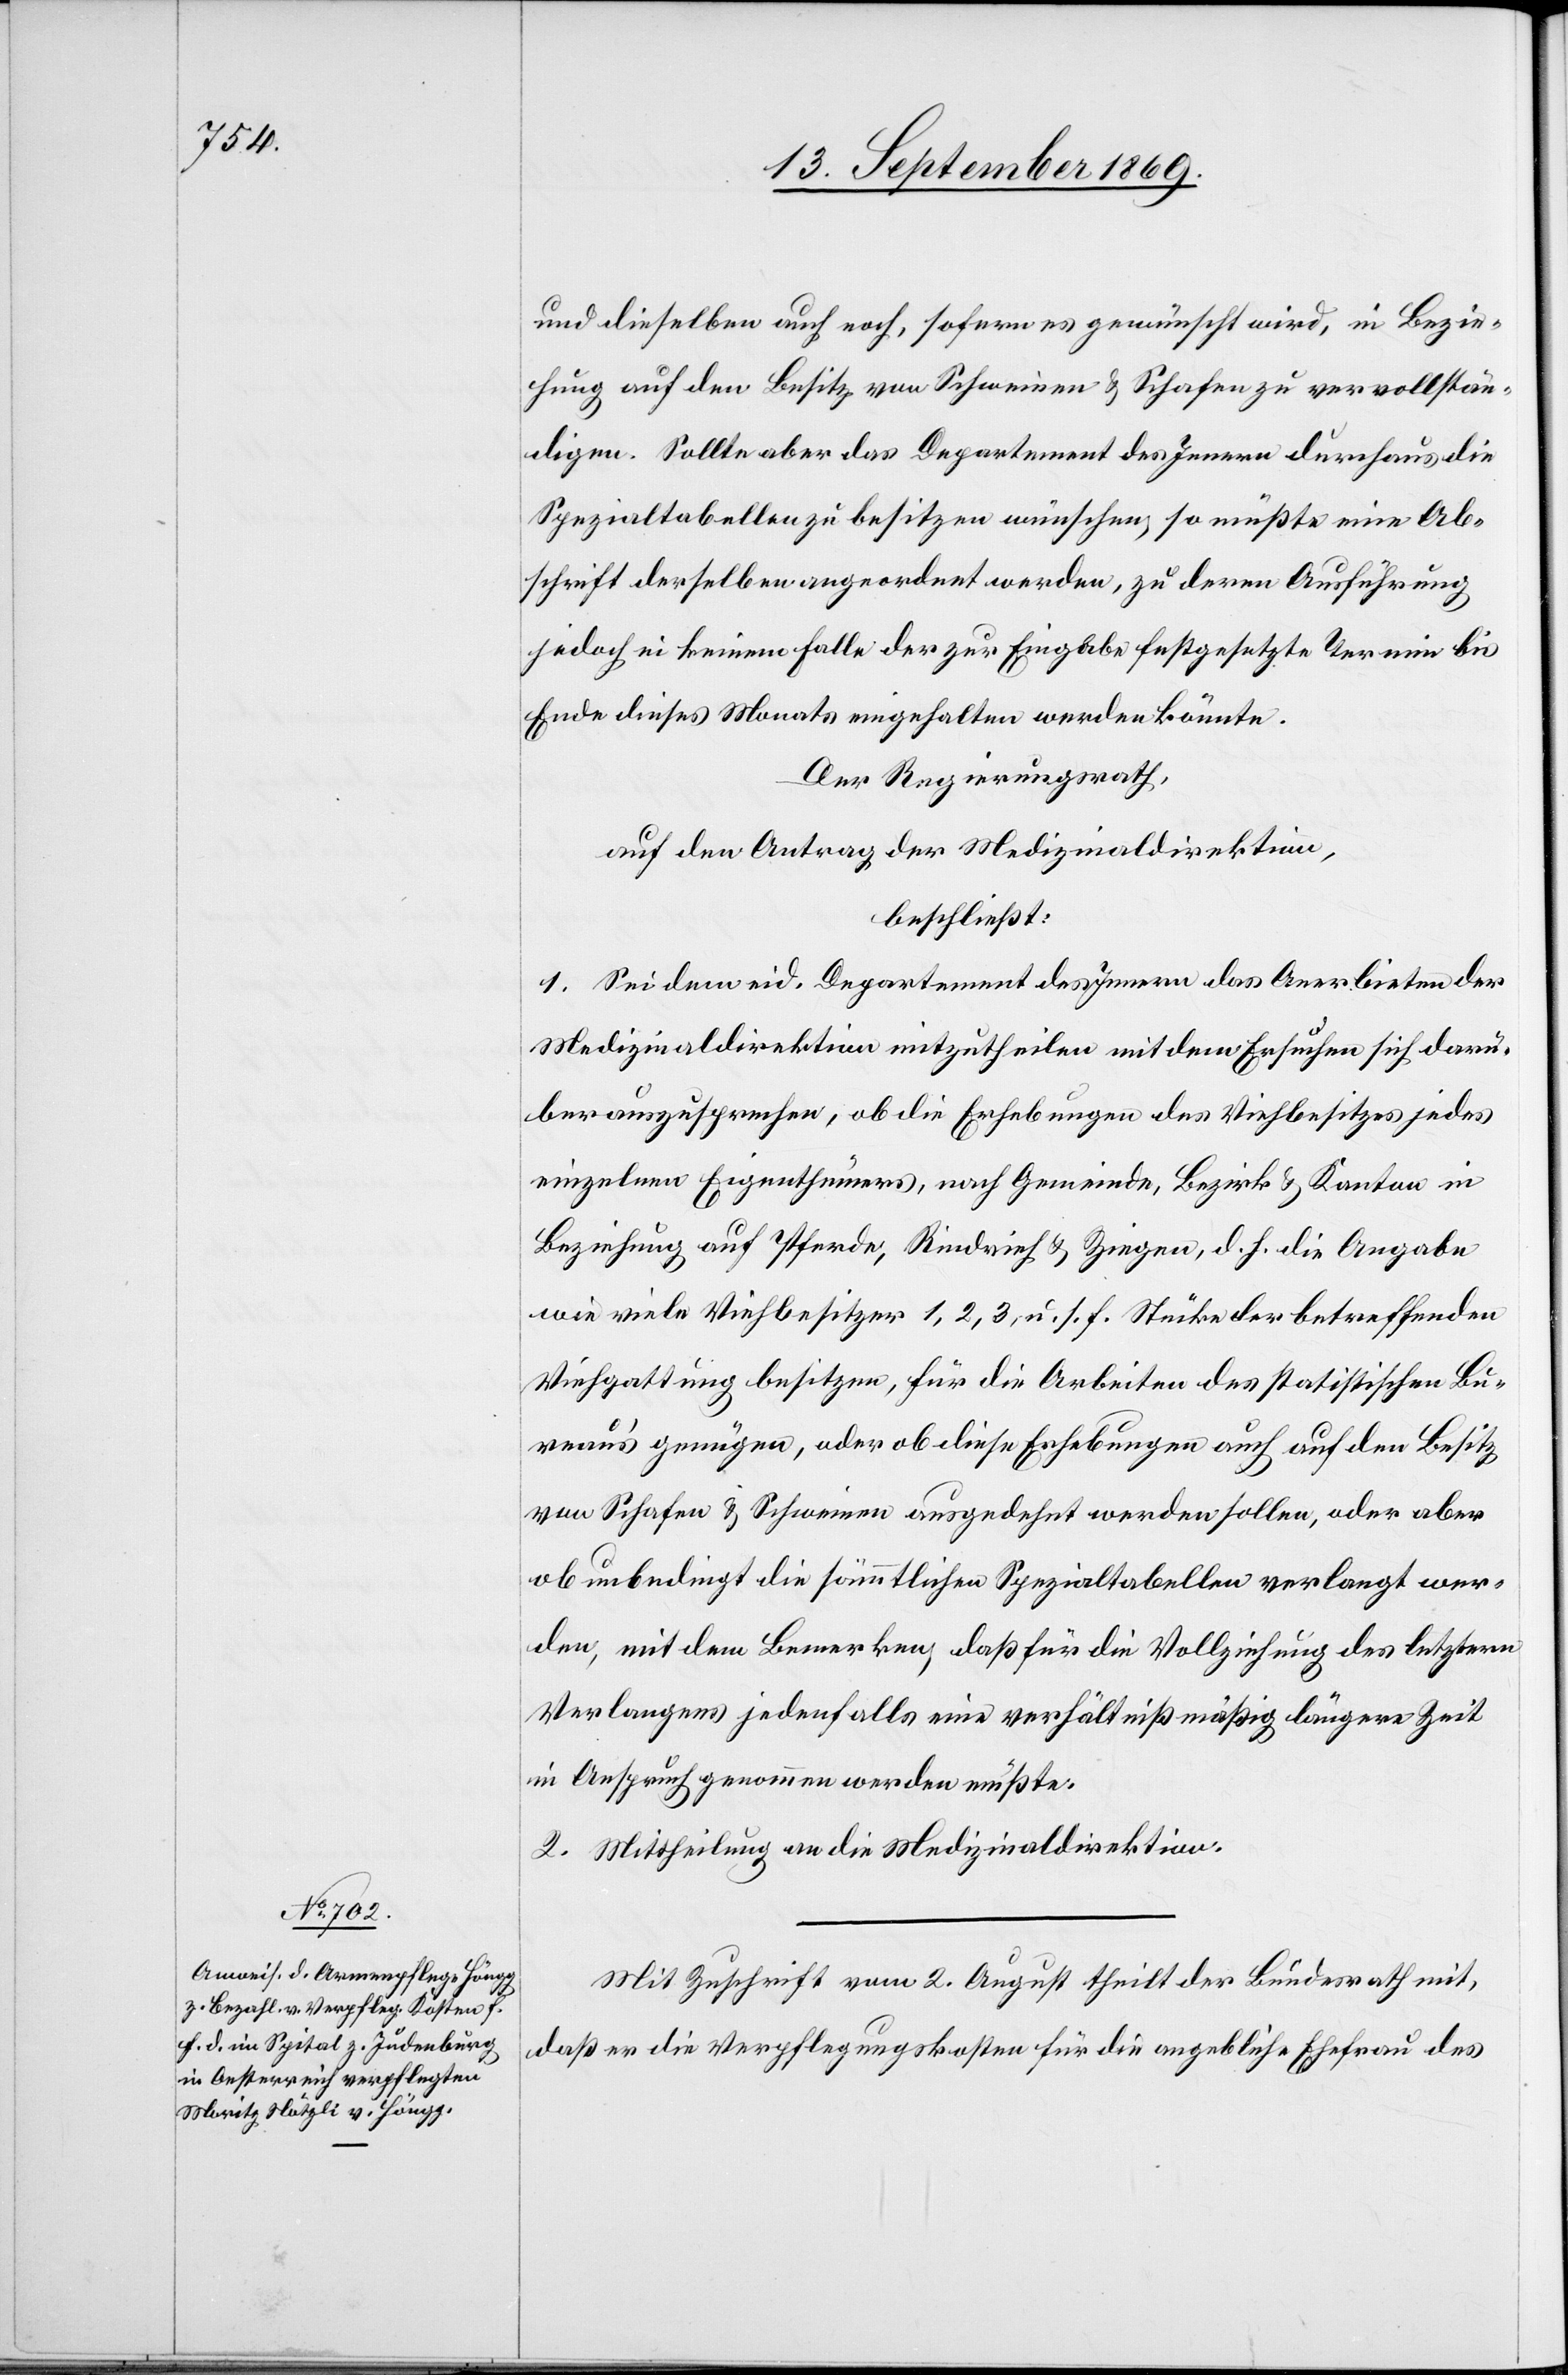
und dieselben auch noch, sofern es gewünscht wird, in Bezie¬
hung auf den Besitz von Schweinen & Schafen zu vervollstän¬
digen. Sollte aber das Departement des Innern durchaus die
Spezialtabellen zu besitzen wünschen, so müßte eine Ab¬
schrift derselben angeordnet werden, zu deren Ausführung
jedoch in keinem Falle der zur Eingabe festgesetzte Termin bis
Ende dieses Monats eingehalten werden könnte.
Der Regierungsrath,
auf den Antrag der Medizinaldirektion,
beschließt:
1. Sei dem eid. Departement des Innern das Anerbieten der
Medizinaldirektion mitzutheilen mit dem Ersuchen sich darü¬
ber auszusprechen, ob die Erhebungen des Viehbesitzes jedes
einzelnen Eigenthümers, nach Gemeinde, Bezirk & Kanton in
Beziehung auf Pferde, Rindvieh & Ziegen, d. h. die Angabe
wie viele Viehbesitzer 1, 2, 3, u. s. f. Stücke der betreffenden
Viehgattung besitzen, für die Arbeiten des statistischen Bu¬
reau’s genügen, oder ob diese Erhebungen auch auf den Besitz
von Schafen & Schweinen ausgedehnt werden sollen, oder aber
ob unbedingt die sämmtlichen Spezialtabellen verlangt wer¬
den, mit dem Bemerken, daß für die Vollziehung des letztern
Verlangens jedenfalls eine verhältnißmäßig längere Zeit
in Anspruch genommen werden müßte.
2. Mittheilung an die Medizinaldirektion.
Mit Zuschrift vom 2. August theilt der Bundesrath mit,
daß er die Verpflegungskosten für die angebliche Ehefrau des